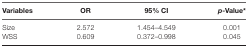
<table><thead><tr><td><b>Variables</b></td><td><b>OR</b></td><td><b>95% CI</b></td><td><b><i>p</i>-Value*</b></td></tr></thead><tbody><tr><td>Size</td><td>2.572</td><td>1.454–4.549</td><td>0.001</td></tr><tr><td>WSS</td><td>0.609</td><td>0.372–0.998</td><td>0.045</td></tr></tbody></table>